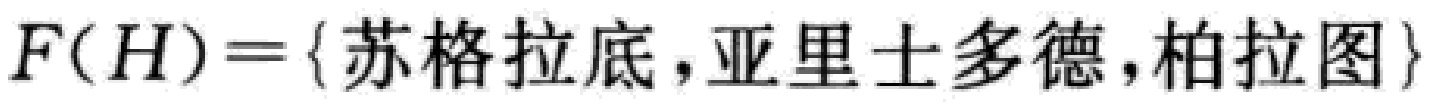
$F(H)=\{苏格拉底,亚里士多德,柏拉图\}$